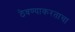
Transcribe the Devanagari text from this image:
ठेवण्याकरताचा